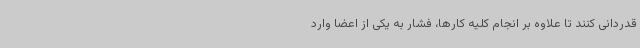
قدردانی کنند تا علاوه بر انجام کلیه کارها، فشار به یکی از اعضا وارد